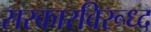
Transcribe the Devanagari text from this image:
सरकारविरूध्द